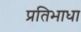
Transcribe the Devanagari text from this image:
प्रतिभाधा